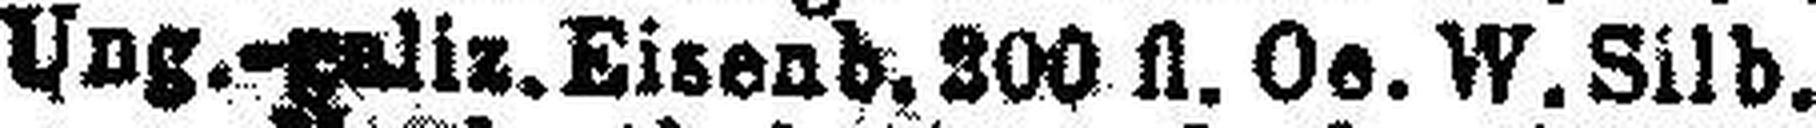
Ung.-galiz. Eisenb. 300 fl. Oe. W. Silb.